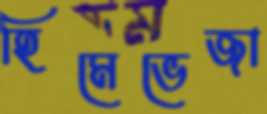
হিমেভেজা